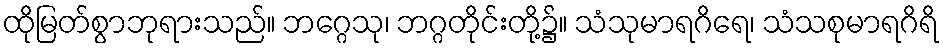
ထိုမြတ်စွာဘုရားသည်။ ဘဂ္ဂေသု၊ ဘဂ္ဂတိုင်းတို့၌။ သံသုမာရဂိရေ၊ သံသစုမာရဂိရိ